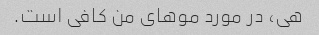
هی، در مورد موهای من کافی است.